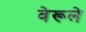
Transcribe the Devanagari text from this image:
वेरूले